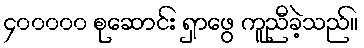
၄၀၀၀၀၀ စုဆောင်း ရှာဖွေ ကူညီခဲ့သည်။